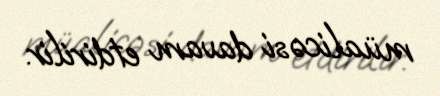
müalicəsi davam etdirilir.